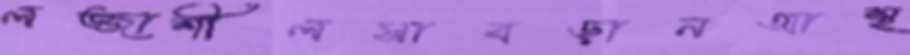
লজ্জাশীলসাবড়ানআস্থ